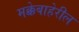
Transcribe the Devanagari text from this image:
मक्केबाहेरील